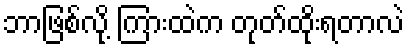
ဘာဖြစ်လို့ ကြားထဲက တုတ်ထိုးရတာလဲ